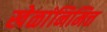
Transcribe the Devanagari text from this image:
खेळांनिमित्त